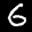
Label: 6